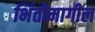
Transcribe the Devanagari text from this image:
भिंतीमागील